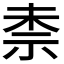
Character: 𮁤